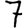
Digit: 7